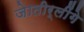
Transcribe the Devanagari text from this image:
जेातीर्लींगे